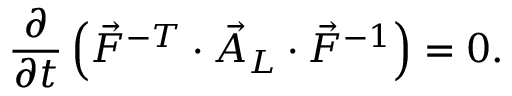
\frac { \partial } { \partial t } \left( \vec { F } ^ { - T } \cdot \vec { A } _ { L } \cdot \vec { F } ^ { - 1 } \right) = \boldsymbol { 0 } .